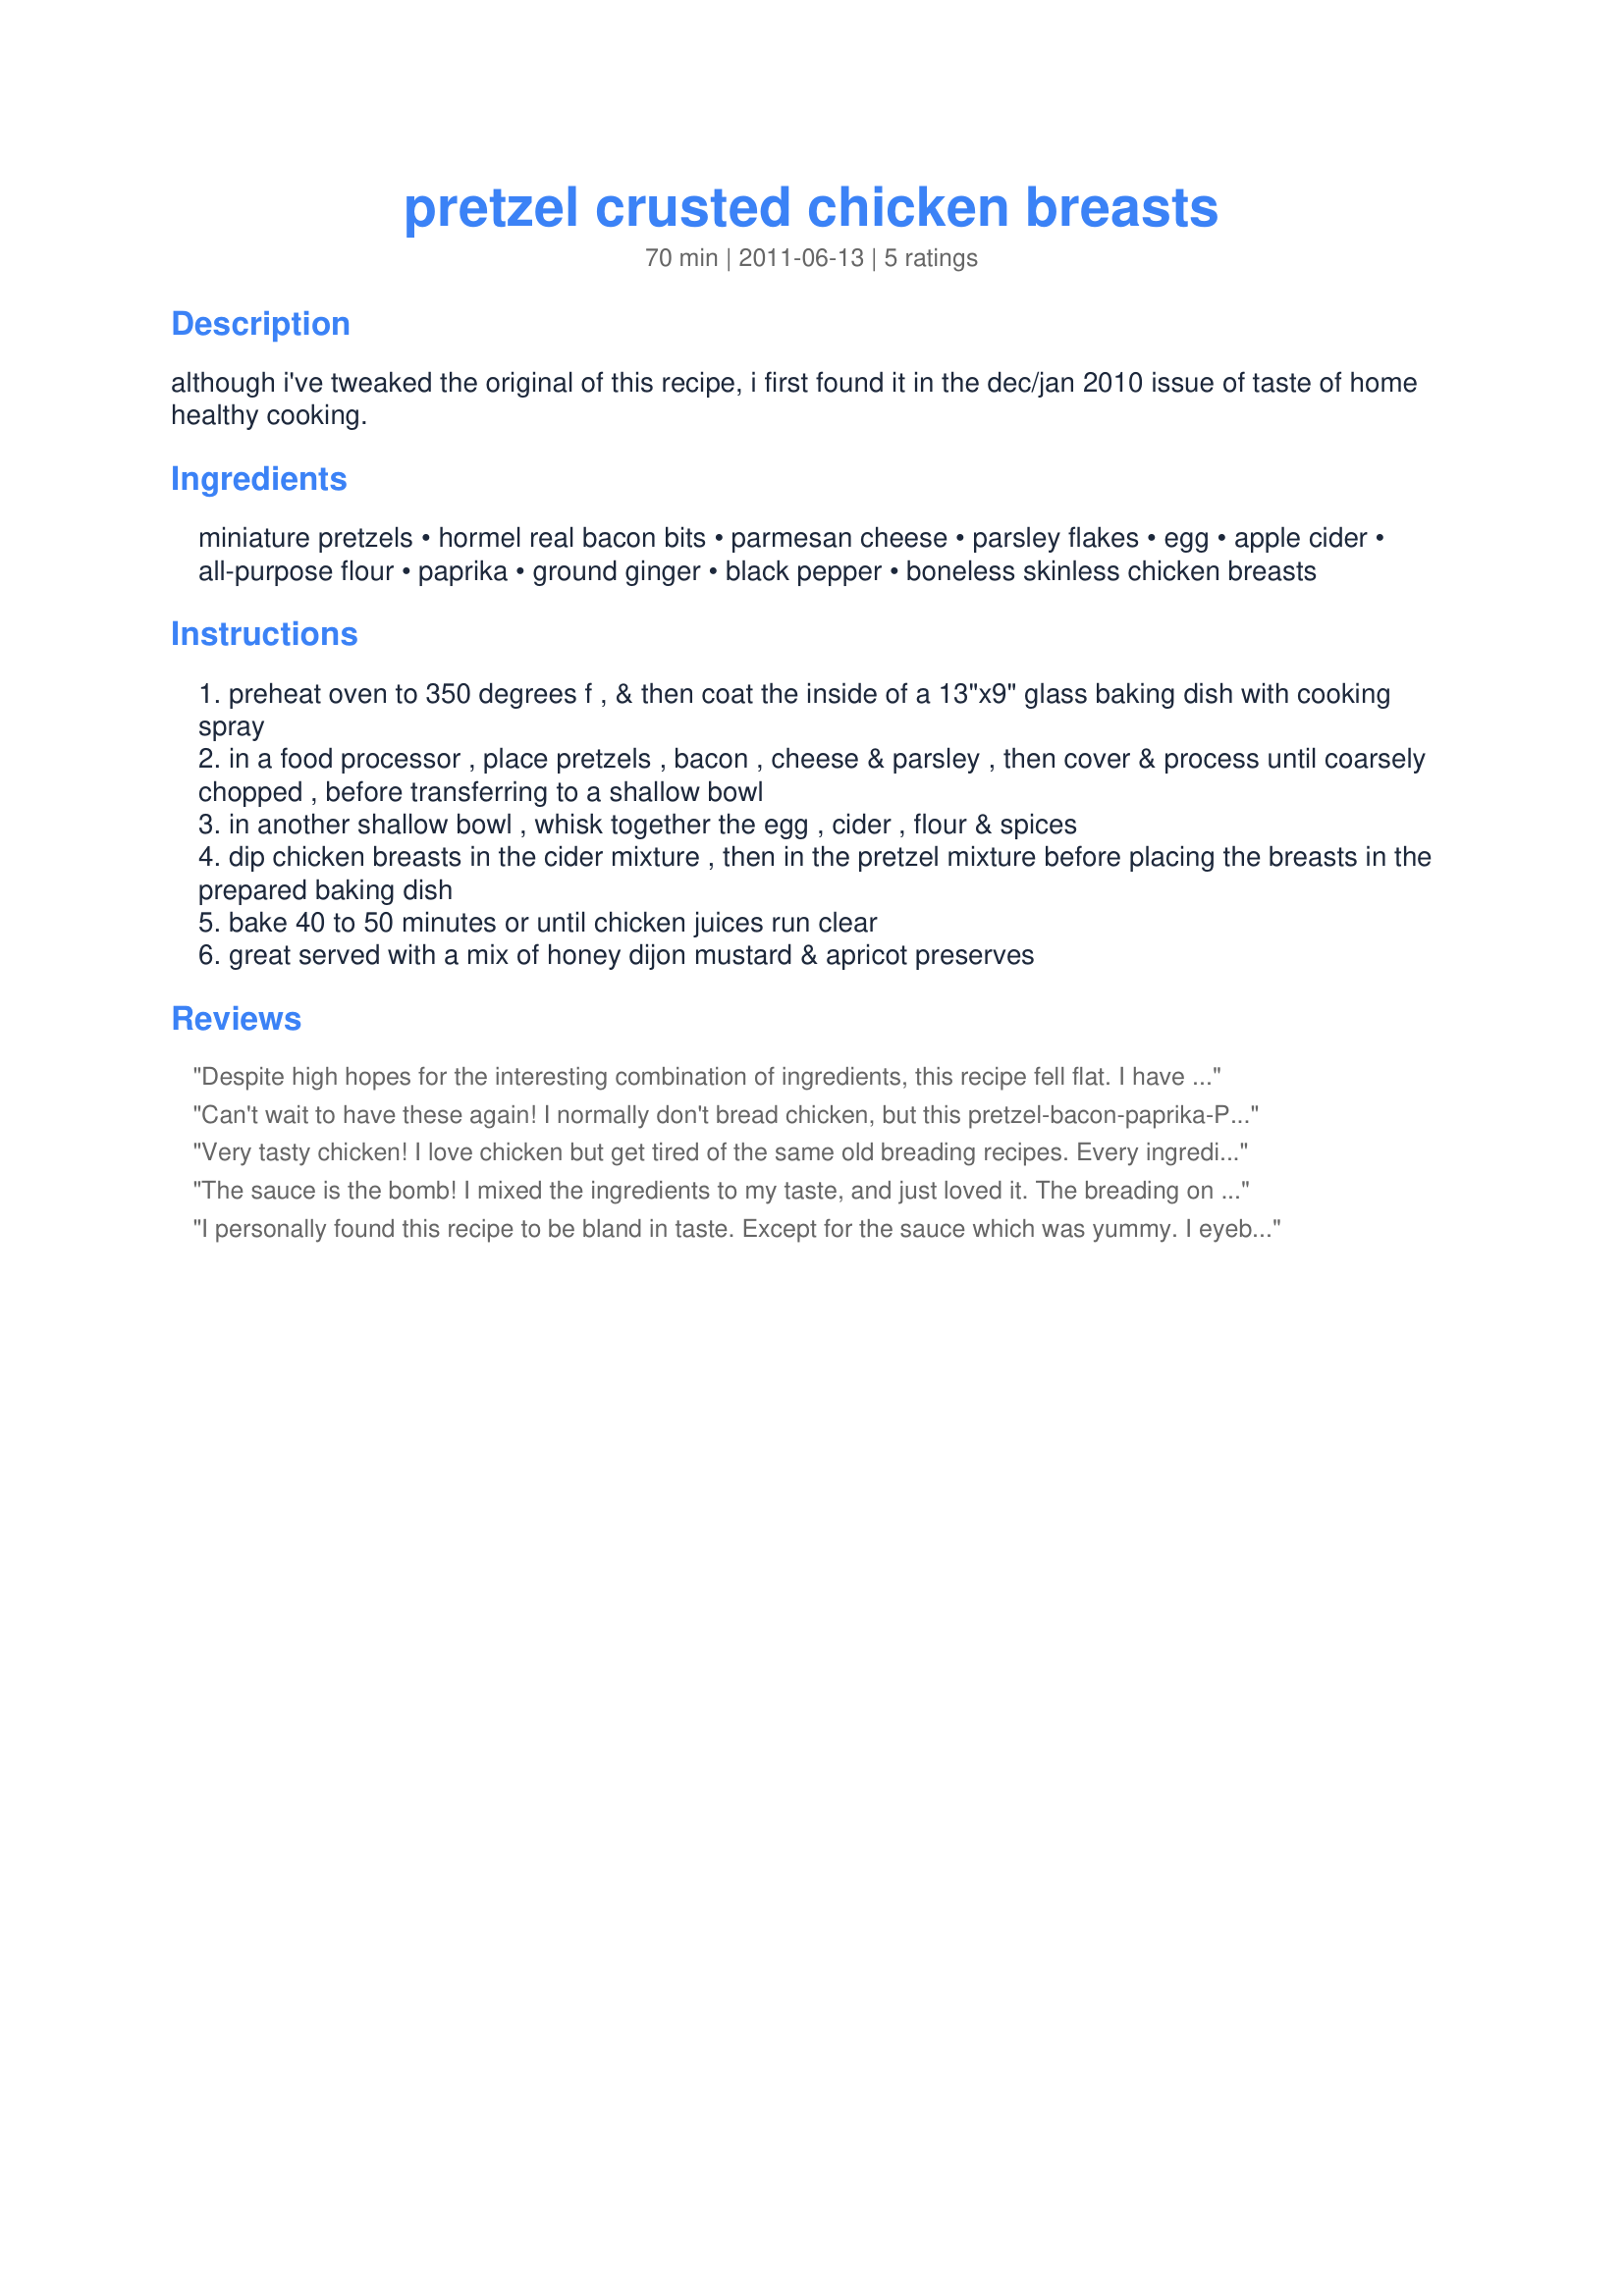
pretzel crusted chicken breasts
Preparation time: 70 minutes

although i've tweaked the original of this recipe, i first found it in the dec/jan 2010 issue of taste of home healthy cooking.

Ingredients:
miniature pretzels, hormel real bacon bits, parmesan cheese, parsley flakes, egg, apple cider, all-purpose flour, paprika, ground ginger, black pepper, boneless skinless chicken breasts

Steps:
preheat oven to 350 degrees f , & then coat the inside of a 13"x9" glass baking dish with cooking spray
in a food processor , place pretzels , bacon , cheese & parsley , then cover & process until coarsely chopped , before transferring to a shallow bowl
in another shallow bowl , whisk together the egg , cider , flour & spices
dip chicken breasts in the cider mixture , then in the pretzel mixture before placing the breasts in the prepared baking dish
bake 40 to 50 minutes or until chicken juices run clear
great served with a mix of honey dijon mustard & apricot preserves

Reviews:
Despite high hopes for the interesting combination of ingredients, this recipe fell flat. I have made other, more simple recipes of pretzel crusted chicken that were much better received. The breading&#039;s flavor was bland, the sauce was the only bright spot. I used tenderloins instead of breasts, cutting the cooking time almost in half (you can also cut breasts in half horizontally to greatly reduce total cooking time)&lt;br/&gt;&lt;br/&gt;KateL&#039;s suggestion for the sauce ratios was very helpful, but my guests thought it was a bit sweet so I modified it slightly to change the balance (2 Tbsp preserves, 1-1/2 tsp honey, 2 Tbsp mustard)
Can't wait to have these again! I normally don't bread chicken, but this pretzel-bacon-paprika-Parmesan coating was a welcome change. My chicken breasts took longer (and varied in size); I relied on an instant-read thermometer. As suggested, I made a sauce using 1 1/2 tablespoons apricot preserves, 1 tablespoon honey and 2 tablespoons Dijon mustard. It was an excellent accent. The lightly-buttered green beans on the side also complemented the dish and tasted great with the sauce as well. Made for Please Review My Recipe.
Very tasty chicken! I love chicken but get tired of the same old breading recipes. Every ingredient seemed to work perfectly together. I had a big jug of apple cider in my fridge that needed using up, so that's what initially drew me to this recipe...so glad it did! Thanks for posting!
The sauce is the bomb! I mixed the ingredients to my taste, and just loved it. The breading on the chicken.....just loved that hint of bacon. My breasts were huge, and could only eat half of one. Look forward to having the other half tomorrow at lunch as a sandwich with the sauce on the bun. Thanks so much for sharing your yummy recipe!
I personally found this recipe to be bland in taste. Except for the sauce which was yummy. I eyeballed the sauce recipe and it had just the right amount of sweetness. The breasts however were a big disappointment. Sorry, but if eaten without the sauce they just lacked any real savory flavor. I guess if you're on a strict diet and need to cut calories this is a great recipe for that. I won't make this again nor try to tweak it. Only the sauce.
